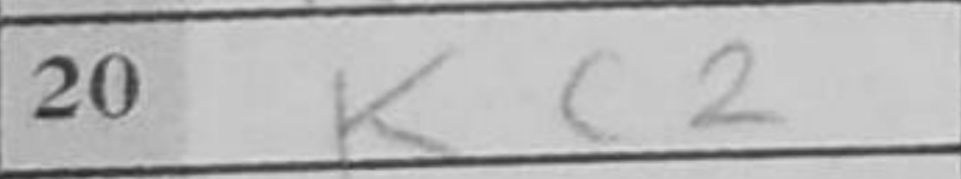
Transcription: Kc2